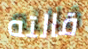
قالته